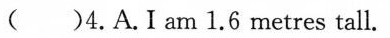
()4. A. I am 1.6 metres tall.